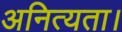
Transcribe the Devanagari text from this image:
अनित्यता।